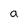
Character: a